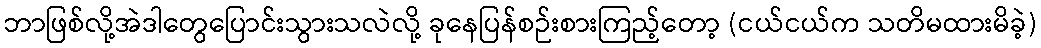
ဘာဖြစ်လို့အဲဒါတွေပြောင်းသွားသလဲလို့ ခုနေပြန်စဉ်းစားကြည့်တော့ (ငယ်ငယ်က သတိမထားမိခဲ့)